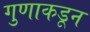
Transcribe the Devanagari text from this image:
गुणाकडून